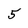
Character: 5